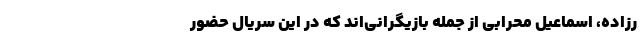
رزاده، اسماعیل محرابی از جمله بازیگرانی‌اند که در این سریال حضور